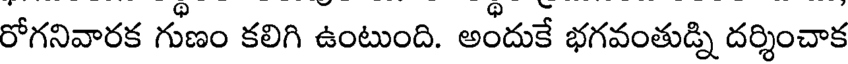
రోగనివారక గుణం కలిగి ఉంటుంది. అందుకే భగవంతుడ్ని దర్శించాక